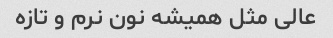
عالی مثل همیشه نون نرم و تازه